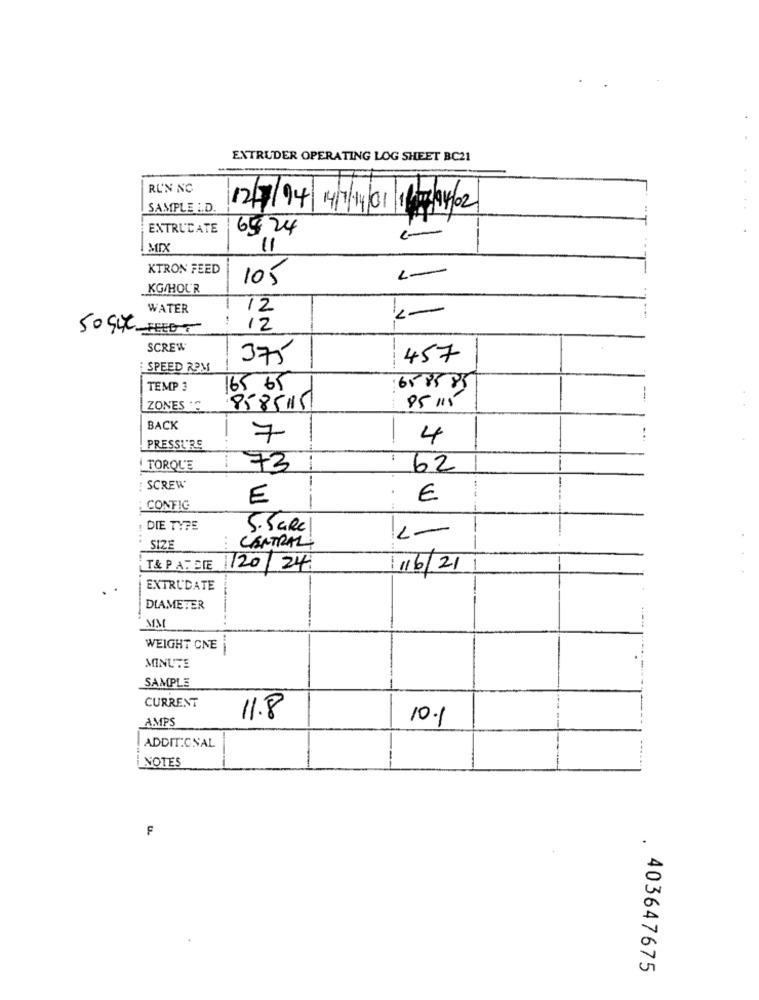
EXTRUDER OPERATING LOG SHEET BC21
RUN NC
=
=
SAMPLE .D.
EXTRUCATE
64 24
"1
KTRON FEED
105
1-
KG/HOUR
WATER
12
:
1-
50 SUC-FEED
12
SCREW
375
457
SPEED RPM
TEMP 3
165 65
658585
-
ZONES "
8585115
85 115
BACK
7
4
PRESSURE
TORQUE
73
62
SCREW
E
€
CONFIG
-
DIE TYPE
5. SaRe
1-
SIZE
CENTRAL
-----
T& PATDIE
120/24.
16/21
EXTRUDATE
-
DIAMETER
MM
WEIGHT CNE
MINUTE
.......
SAMPLE
CURRENT
AMPS
11.8
10.1
ADDITIONAL
NOTES
F
.
403647675